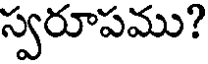
స్వరూపము?